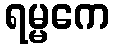
ရမ္မကေ